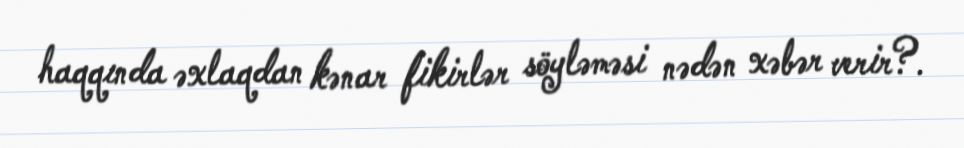
haqqında əxlaqdan kənar fikirlər söyləməsi nədən xəbər verir?.